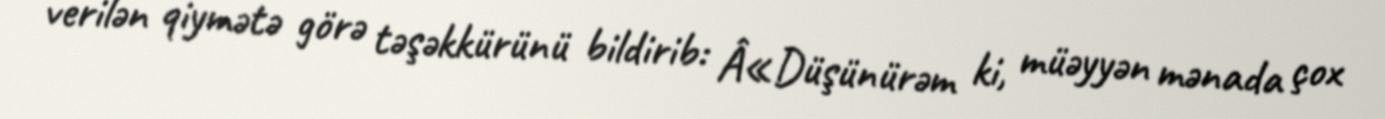
verilən qiymətə görə təşəkkürünü bildirib: Â«Düşünürəm ki, müəyyən mənada çox